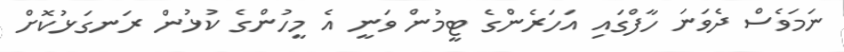
ނަމަވެސް ދެވަނަ ހާފްގައި އަހަރެންގެ ޓީމުން ވަނީ އެ މީހުންގެ ކުޅުން ރަނގަޅުކޮށް